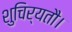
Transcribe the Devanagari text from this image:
शुचिर्यतौ।